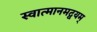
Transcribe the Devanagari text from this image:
स्वात्मानमद्वयम्